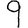
Digit: 9